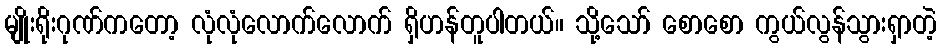
မျိုးရိုးဂုဏ်ကတော့ လုံလုံလောက်လောက် ရှိဟန်တူပါတယ်။ သို့သော် စောစော ကွယ်လွန်သွားရှာတဲ့